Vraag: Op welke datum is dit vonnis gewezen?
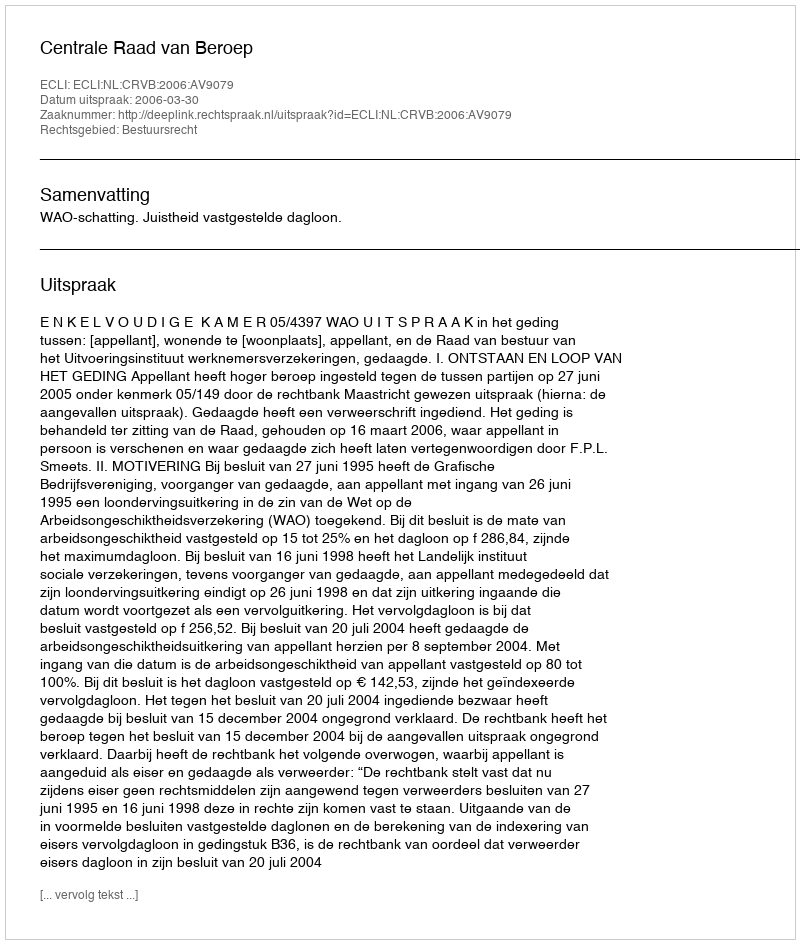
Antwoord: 2006-03-30